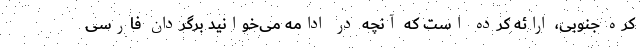
کره جنوبی، ارائه کرده است که آنچه در ادامه می‌خوانید برگردان فارسی